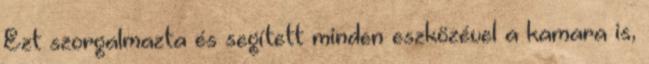
Ezt szorgalmazta és segített minden eszközével a kamara is,